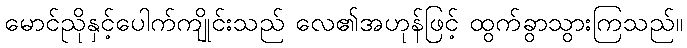
မောင်ညိုနှင့်ပေါက်ကျိုင်းသည် လေ၏အဟုန်ဖြင့် ထွက်ခွာသွားကြသည်။